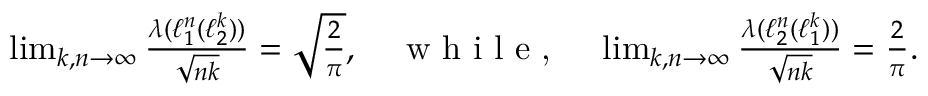
\begin{array} { r } { \operatorname* { l i m } _ { k , n \to \infty } \frac { \boldsymbol { \lambda } ( \ell _ { 1 } ^ { n } ( \ell _ { 2 } ^ { k } ) ) } { \sqrt { n k } } = \sqrt { \frac { 2 } { \pi } } , \quad \textrm { w h i l e , } \quad \operatorname* { l i m } _ { k , n \to \infty } \frac { \boldsymbol { \lambda } ( \ell _ { 2 } ^ { n } ( \ell _ { 1 } ^ { k } ) ) } { \sqrt { n k } } = \frac { 2 } { \pi } . } \end{array}